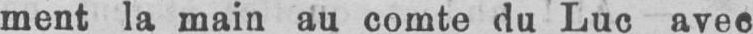
ment la main au comte du Luc avec